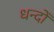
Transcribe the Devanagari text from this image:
धन्दोँ